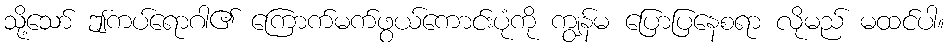
သို့သော် ဤကပ်ရောဂါ၏ ကြောက်မက်ဖွယ်ကောင်းပုံကို ကျွန်မ ပြောပြနေစရာ လိုမည် မထင်ပါ။